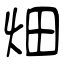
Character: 畑